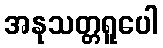
အနုသတ္တရူပေါ